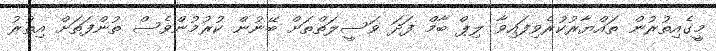
މީގެއިތުރުން ތައްޔާރުކުރެވިފައިވާ ލިޕް ބާމް ފަދަ ވަސީލަތްތަށް ބޭނުން ކުރުމުންވެސް ތުންފަތަށް އިތުރު